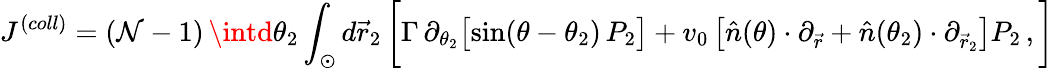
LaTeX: J^{(coll)}=(\mathcal{N}-1)\, \intd\theta_{2}\int_{\odot}d\vec{{r}}_{2}\, \bigg[\Gamma\, \partial_{\theta_{2}}\big[\mathrm{{sin}}(\theta-\theta_{2})\, P_{2}\big]+v_{0}\left[\hat{{n}}(\theta)\cdot\partial_{\vec{{r}}}+\hat{{n}}(\theta_{2})\cdot\partial_{\vec{{r}}_{2}}\right]P_{2}\, ,\bigg]